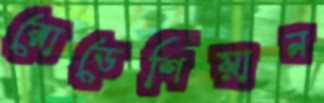
রোডেশিয়ান